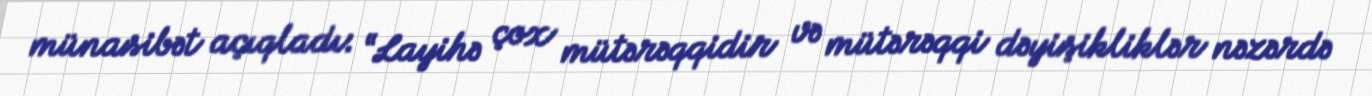
münasibət açıqladı: “Layihə çox mütərəqqidir və mütərəqqi dəyişikliklər nəzərdə